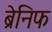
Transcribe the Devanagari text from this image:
ब्रेनिफ